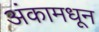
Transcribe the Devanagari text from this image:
अंकामधून